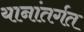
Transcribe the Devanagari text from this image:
यानांतर्गत